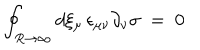
\oint _ { R \to \infty } d \xi _ { \mu } \, \epsilon _ { \mu \nu } \partial _ { \nu } \sigma \; = \; 0